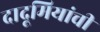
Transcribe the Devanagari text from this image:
दादूमियांची